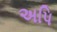
અપિ